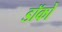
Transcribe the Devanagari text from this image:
डॉकों